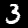
Label: 3